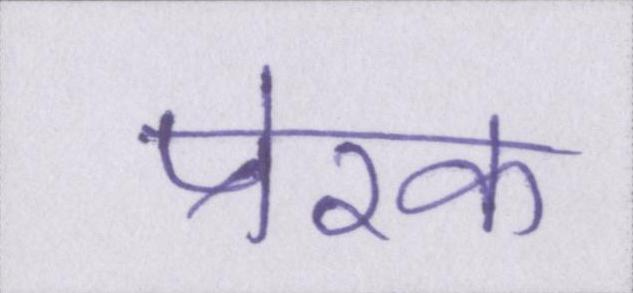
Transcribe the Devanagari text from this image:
प्रेरक